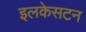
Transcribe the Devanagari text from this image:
इलकेसटन